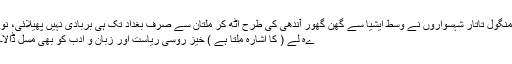
منگول تاتار شہسواروں نے وسط ایشیا سے گھن گھور آندھی کی طرح اٹھ کر ملتان سے صرف بغداد تک ہی بربادی نہیں پھیلائی، نو
ےہ لے ( کا اشارہ ملتا ہے ) خیز روسی ریاست اور زبان و ادب کو بھی مسل ڈالا۔